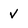
Character: v